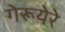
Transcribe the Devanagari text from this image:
गेरूयेरे